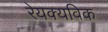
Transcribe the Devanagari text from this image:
रेयक्यविक